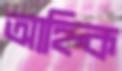
আহ্নিক